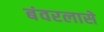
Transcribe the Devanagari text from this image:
बंवरलासे